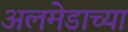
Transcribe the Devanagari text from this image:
अलमेडाच्या